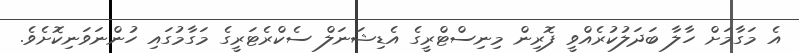
އެ މަގާމަށް ހާލާ ބަދަލުކުރެއްވީ ފޮރިން މިނިސްޓްރީގެ އެޑިޝަނަލް ސެކްރެޓަރީގެ މަގާމުގައި ހުންނަވަނިކޮށެވެ.